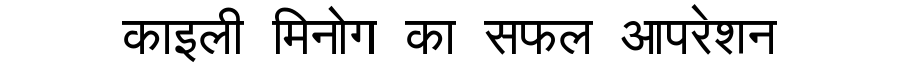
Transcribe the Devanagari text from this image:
काइली मिनोग का सफल आपरेशन